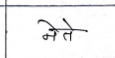
मजकूर: नेते